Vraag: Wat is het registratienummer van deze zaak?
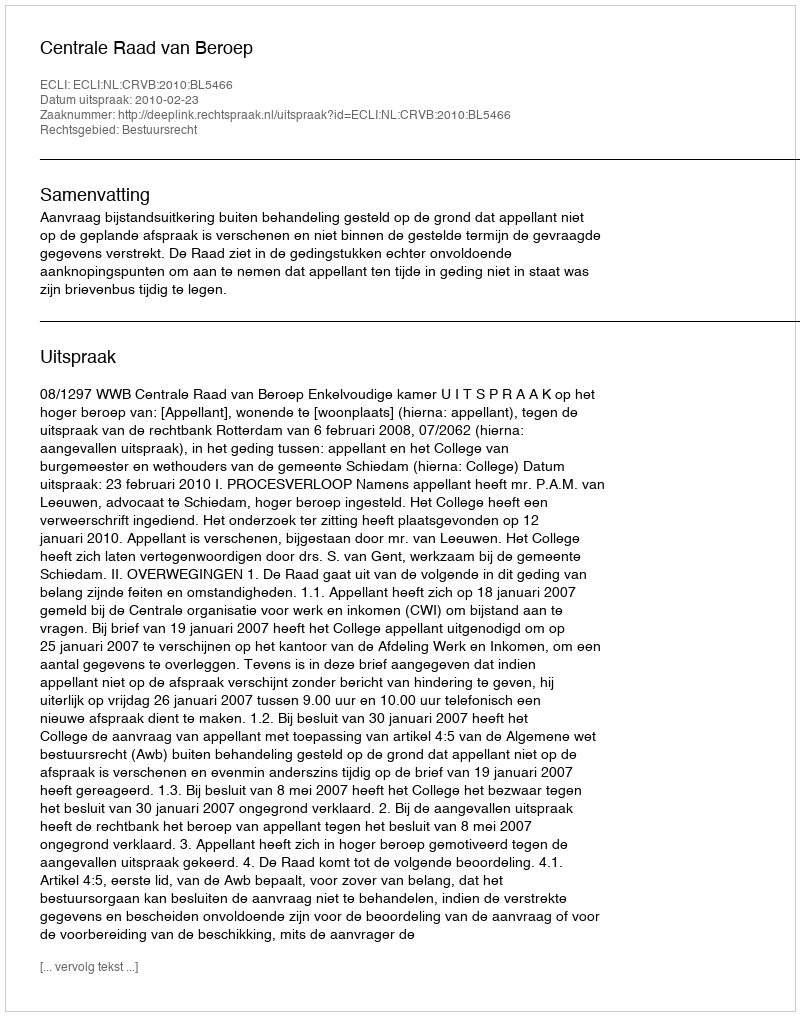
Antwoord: http://deeplink.rechtspraak.nl/uitspraak?id=ECLI:NL:CRVB:2010:BL5466